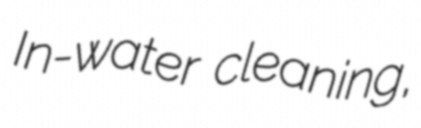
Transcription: In-water cleaning,